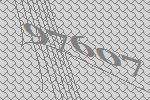
97607